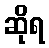
ဆိုရ